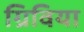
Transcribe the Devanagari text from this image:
ग्रिविया